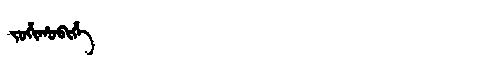
Manchu: ᠵᠣᡥᡳᡥᠣᠪᡳᡥᡝ
Romanization: JOHIHOBIHE